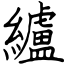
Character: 纑